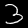
Label: 3